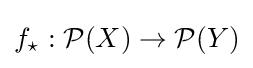
f_{\star }:{\mathcal {P}}(X)\to {\mathcal {P}}(Y)